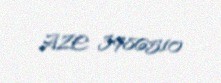
AZE 3986510